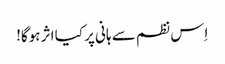
اِس نظم سے ہانی پر کیا اثر ہوگا!